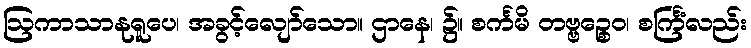
ဩကာသာနုရူပေ၊ အခွင့်လျော်သော။ ဌာနေ၊ ၌။ စင်္ကမိ တဗ္ဗဉ္စေဝ၊ စင်္ကြံလည်း